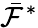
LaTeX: \bar{\mathcal{F}}^{*}